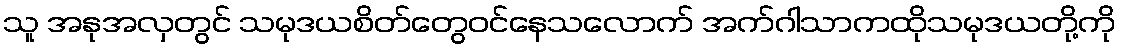
သူ အနုအလှတွင် သမုဒယစိတ်တွေဝင်နေသလောက် အက်ဂါသာကထိုသမုဒယတို့ကို